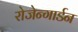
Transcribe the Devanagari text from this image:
रोजेन्गार्डन